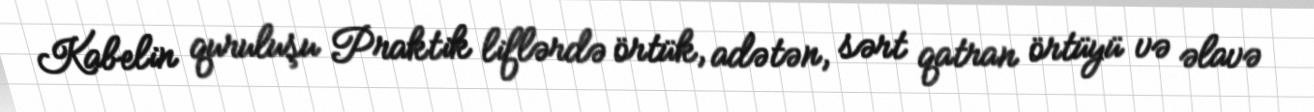
Kabelin quruluşu Praktik liflərdə örtük, adətən, sərt qatran örtüyü və əlavə